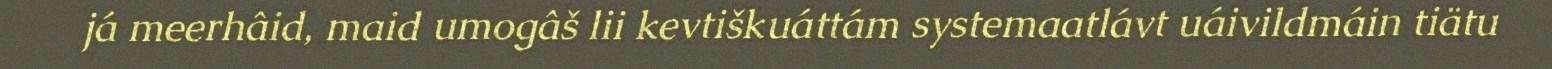
já meerhâid, maid umogâš lii kevtiškuáttám systemaatlávt uáivildmáin tiätu